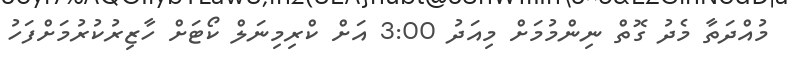
މުއްދަތާ މެދު ގޮތް ނިންމުމަށް މިއަދު 3:00 އަށް ކްރިމިނަލް ކޯޓަށް ހާޒިރުކުރުމަށްފަހު